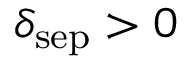
\delta _ { \mathrm { s e p } } > 0